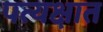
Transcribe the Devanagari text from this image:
पत्यक्षात